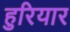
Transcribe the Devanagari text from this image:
हुरियार